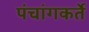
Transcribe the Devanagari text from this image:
पंचांगकर्ते